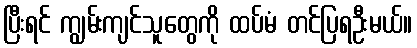
ပြီးရင် ကျွမ်းကျင်သူတွေကို ထပ်မံ တင်ပြရဦးမယ်။